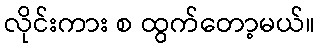
လိုင်းကား စ ထွက်တော့မယ်။